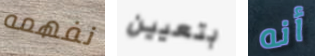
نفهمه بتعيين أنه